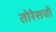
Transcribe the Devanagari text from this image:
तोरेसची